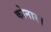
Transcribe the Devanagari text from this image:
कोनार।